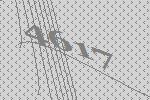
4617